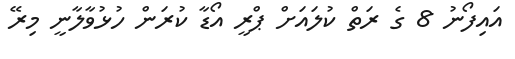
އައިފޯނު 8 ގެ ރަތް ކުލައަށް ޕްރީ އޯޑާ ކުރަން ހުޅުވާލާނީ މިރޭ